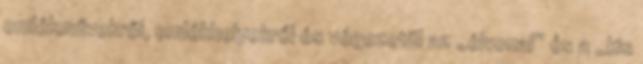
emlékművekről, emlékhelyekről és végezetül az „élvonal” és a „kis